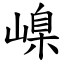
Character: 嵲